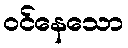
ဝင်နေသော